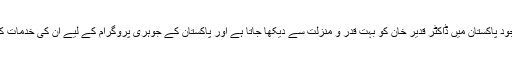
ان تمام باتوں کے باوجود پاکستان میں ڈاکٹر قدیر خان کو بہت قدر و منزلت سے دیکھا جاتا ہے اور پاکستان کے جوہری پروگرام کے لیے اُن کی خدمات کو بہت سراہا جاتا ہے۔